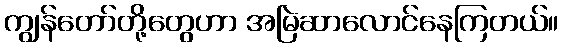
ကျွန်တော်တို့တွေဟာ အမြဲဆာလောင်နေကြတယ်။